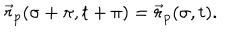
\vec { r } _ { p } ( \sigma + \pi , t + \pi ) = \vec { r } _ { p } ( \sigma , t ) .